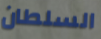
السلطان